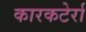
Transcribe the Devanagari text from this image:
कारकटेर्रा